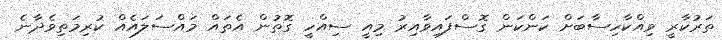
ތަރުކާރީ ވިއްކާހިސާބަށް ކަންކަން ގޮސްފައިވާއިރު މިއީ ސިއްހީ ގޮތުން އެތައް މައްސަލައެއް ކުރިމަތިވެދާނެ